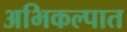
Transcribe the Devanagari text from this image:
अभिकल्पात